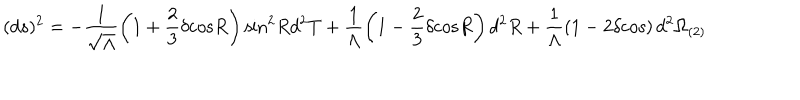
LaTeX: ( d s ) ^ { 2 } = - \frac { 1 } { \sqrt { \Lambda } } \left( 1 + \frac { 2 } { 3 } \delta \mathrm { c o s } R \right) \mathrm { s i n } ^ { 2 } R d ^ { 2 } T + \frac { 1 } { \Lambda } \left( 1 - \frac { 2 } { 3 } \delta \mathrm { c o s } R \right) d ^ { 2 } R + \frac { 1 } { \Lambda } \left( 1 - 2 \delta \mathrm { c o s } \right) d ^ { 2 } \Omega _ { ( 2 ) }